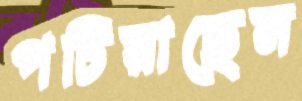
পচিয়াছেন